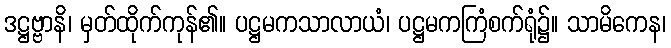
ဒဋ္ဌဗ္ဗာနိ၊ မှတ်ထိုက်ကုန်၏။ ပဋ္ဌမကသာလာယံ၊ ပဋ္ဌမကကြံစက်ရုံ၌။ သာမိကေန၊